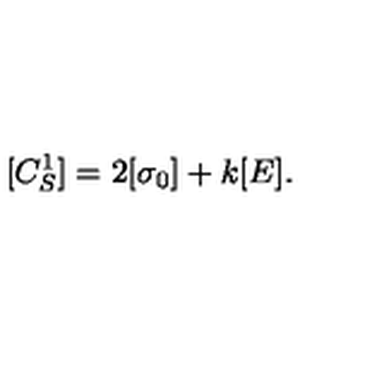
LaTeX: [ C _ { S } ^ { 1 } ] = 2 [ \sigma _ { 0 } ] + k [ E ] .